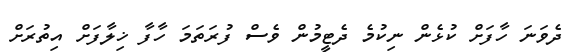
ދެވަނަ ހާފަށް ކުޅެން ނިކުމެ ދެޓީމުން ވެސް ފުރަތަމަ ހާފާ ޚިލާފަށް އިތުރަށް